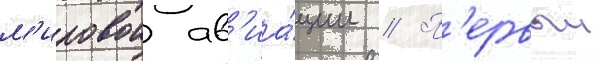
м'ировои ав'иа́ции // П'ервыи